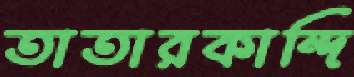
তাতারকান্দি